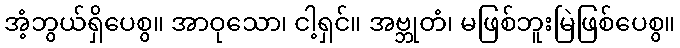
အံ့ဘွယ်ရှိပေစွ။ အာဝုသော၊ ငါ့ရှင်။ အဗ္ဘုတံ၊ မဖြစ်ဘူးမြဲဖြစ်ပေစွ။